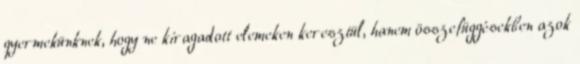
gyermekünknek, hogy ne kiragadott elemeken keresztül, hanem összefüggésekben azok